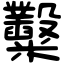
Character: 糳